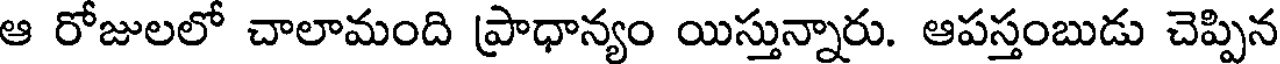
ఆ రోజులలో చాలామంది ప్రాధాన్యం యిస్తున్నారు. ఆపస్తంబుడు చెప్పిన